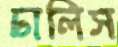
ঢালিস